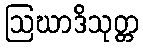
ဩဃာဒိသုတ္တ